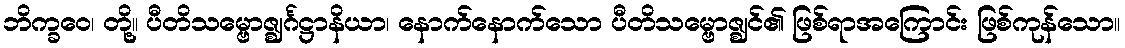
ဘိက္ခဝေ၊ တို့။ ပီတိသမ္ဗောဇ္ဈင်္ဂဋ္ဌာနိယာ၊ နောက်နောက်သော ပီတိသမ္ဗောဇ္ဈင်၏ ဖြစ်ရာအကြောင်း ဖြစ်ကုန်သော။